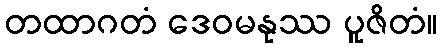
တထာဂတံ ဒေဝမနုဿ ပူဇိတံ။